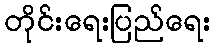
တိုင်းရေးပြည်ရေး